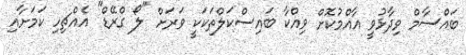
ބައްސާމް ވިދާޅުވީ އާއްމުކޮށް ވިއްކާ ބައިސްކަލްތަކަކީ ވަރަށް "ލޯ ގްރޭޑް" އެއްޗިހި ކަމަށާއި